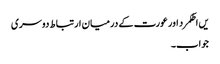
یں اطکمرد اور عورت کے درمیان ارتباط دوسری
جواب۔